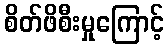
စိတ်ဖိစီးမှုကြောင့်